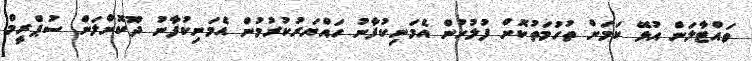
ވައްޓާލަން އުޅޭ ކަމަށް ތުހުމަތުކޮށް ފުލުހުން އެމަނިކުފާނު ހައްޔަރުކުރުމުން އެމަނިކުފާނު ދޫކޮށްލަން ސުޕްރީމް